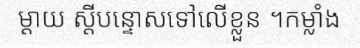
ម្តាយ ស្តីបន្ទោសទៅលើខ្លួន ។កម្លាំង